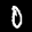
Label: 0